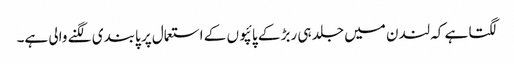
لگتا ہے کہ لندن میں جلد ہی ربڑ کے پائپوں کے استعمال پر پابندی لگنے والی ہے۔